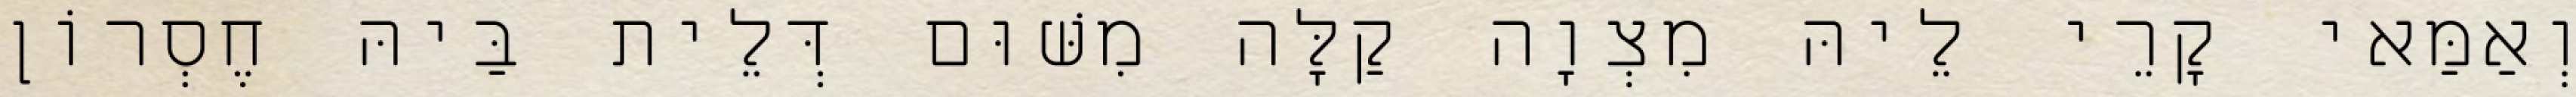
וְאַמַּאי קָרֵי לֵיהּ מִצְוָה קַלָּה מִשּׁוּם דְּלֵית בַּיהּ חֶסְרוֹן